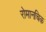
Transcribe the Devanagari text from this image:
रोमानचिक